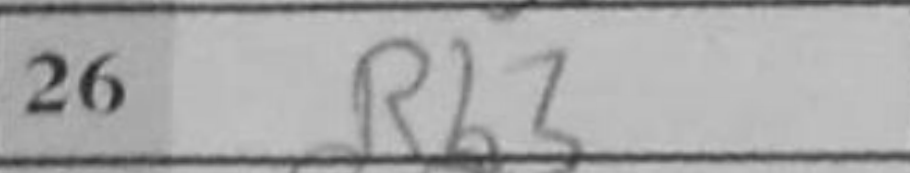
Transcription: Rb3